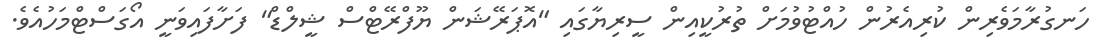
ހަނގުރާމަވެރިން ކުރިއެރުން ހުއްޓުވުމަށް ތުރުކީއިން ސީރިޔާގައި "އޮޕަރޭޝަން ޔޫފްރޭޓްސް ޝީލްޑް" ފަށާފައިވަނީ އޯގަސްޓްމަހުއެވެ.